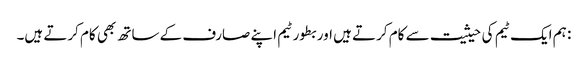
: ہم ایک ٹیم کی حیثیت سے کام کرتے ہیں اور بطور ٹیم اپنے صارف کے ساتھ بھی کام کرتے ہیں۔